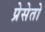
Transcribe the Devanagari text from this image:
प्रेसेतो